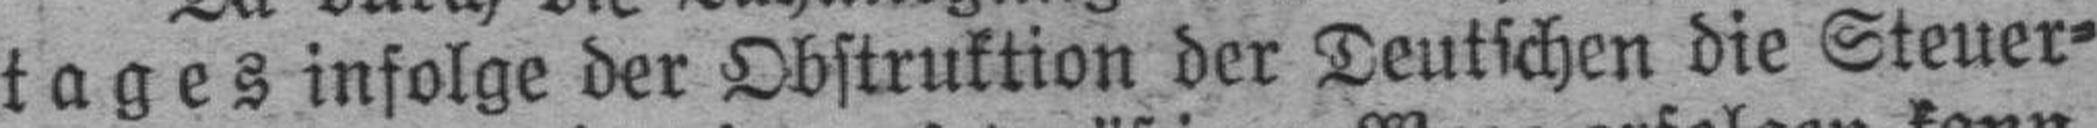
tages infolge der Obstruktion der Deutschen die Steuer¬